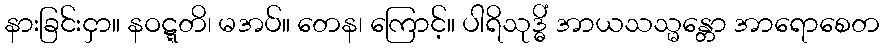
နားခြင်းငှာ။ နဝဋ္ဋတိ၊ မအပ်။ တေန၊ ကြောင့်။ ပါရိသုဒ္ဓိံ အာယသသ္မန္တော အာရောစေတ